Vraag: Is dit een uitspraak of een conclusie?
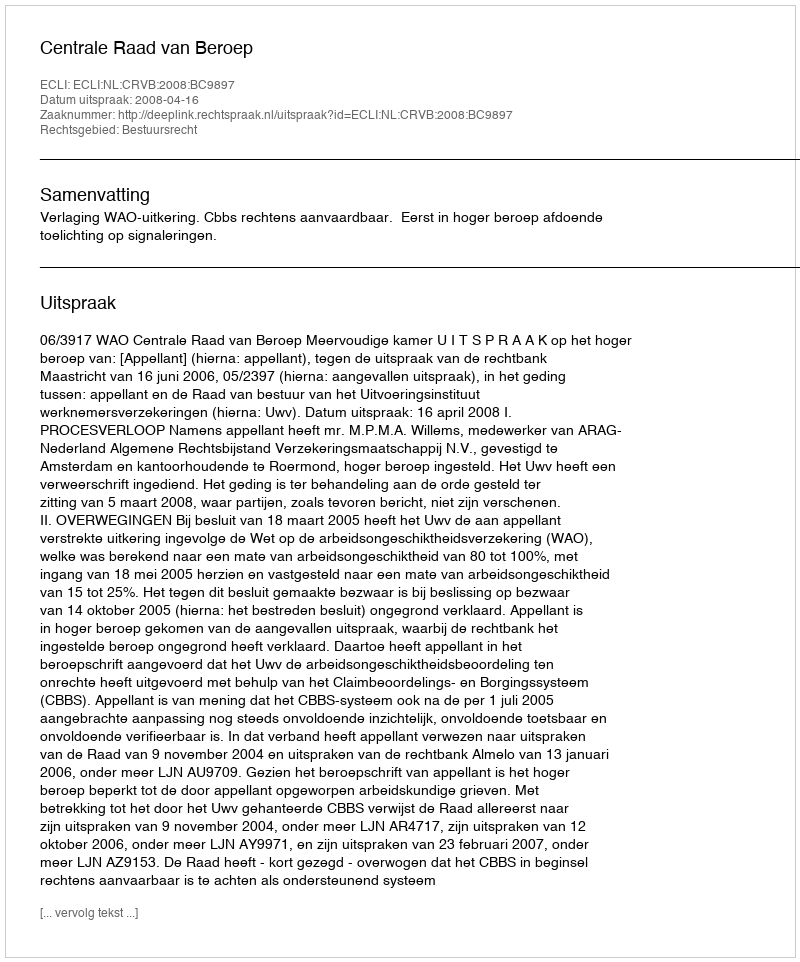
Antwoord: Uitspraak